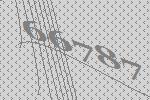
66787